Vaccination North-Western Provinces 1866-1877 - 1866-1877
Year: 1866
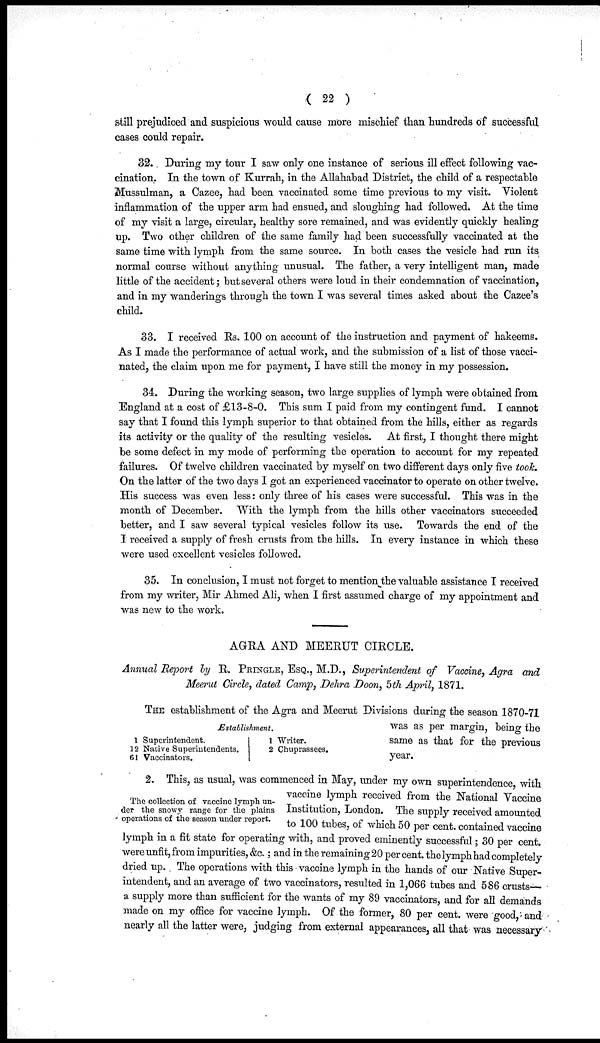
( 22 )
still prejudiced and suspicious would cause more mischief than hundreds of successful
cases could repair.
32. During my tour I saw only one instance of serious ill effect following vac-
cination. In the town of Kurrah, in the Allahabad District, the child of a respectable
Mussulman, a Cazee, had been vaccinated some time previous to my visit. Violent
inflammation of the upper arm had ensued, and sloughing had followed. At the time
of my visit a large, circular, healthy sore remained, and was evidently quickly healing
up. Two other children of the same family had been successfully vaccinated at the
same time with lymph from the same source. In both cases the vesicle had run its
normal course without anything unusual. The father, a very intelligent man, made
little of the accident; but several others were loud in their condemnation of vaccination,
and in my wanderings through the town I was several times asked about the Cazee's
child.
33. I received Rs. 100 on account of the instruction and payment of hakeems.
As I made the performance of actual work, and the submission of a list of those vacci-
nated, the claim upon me for payment, I have still the money in my possession.
34. During the working season, two large supplies of lymph were obtained from
England at a cost of £13-8-0. This sum I paid from my contingent fund. I cannot
say that I found this lymph superior to that obtained from the hills, either as regards
its activity or the quality of the resulting vesicles. At first, I thought there might
be some defect in my mode of performing the operation to account for my repeated
failures. Of twelve children vaccinated by myself on two different days only five took.
On the latter of the two days I got an experienced vaccinator to operate on other twelve.
His success was even less: only three of his cases were successful. This was in the
month of December. With the lymph from the hills other vaccinators succeeded
better, and I saw several typical vesicles follow its use. Towards the end of the
I received a supply of fresh crusts from the hills. In every instance in which these
were used excellent vesicles followed.
35. In conclusion, I must not forget to mention the valuable assistance I received
from my writer, Mir Ahmed Ali, when I first assumed charge of my appointment and
was new to the work.
AGRA AND MEERUT CIRCLE.
Annual Report by R. PRINGLE, ESQ., M.D., Superintendent of Vaccine, Agra and
Meerut Circle, dated Camp, Dehra Doon, 5th April, 1871.
1
12
61
Establishment.
Superintendent.
Native Superintendents.
Vaccinators.
1
2
Writer.
Chuprassees.
THE establishment of the Agra and Meerut Divisions during the season 1870-71
was as per margin, being the
same as that for the previous
year.
The collection of vaccine lymph un-
der the snowy range for the plains
operations of the season under report.
2. This, as usual, was commenced in May, under my own superintendence, with
vaccine lymph received from the National Vaccine
Institution, London. The supply received amounted
to 100 tubes, of which 50 per cent. contained vaccine
lymph in a fit state for operating with, and proved eminently successful; 30 per cent.
were unfit, from impurities, &c.; and in the remaining 20 per cent. the lymph had completely
dried up. The operations with this vaccine lymph in the hands of our Native Super-
intendent, and an average of two vaccinators, resulted in 1,066 tubes and 586 crusts—
a supply more than sufficient for the wants of my 89 vaccinators, and for all demands
made on my office for vaccine lymph. Of the former, 80 per cent. were good, and
nearly all the latter were, judging from external appearances, all that was necessary